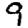
Digit: 9